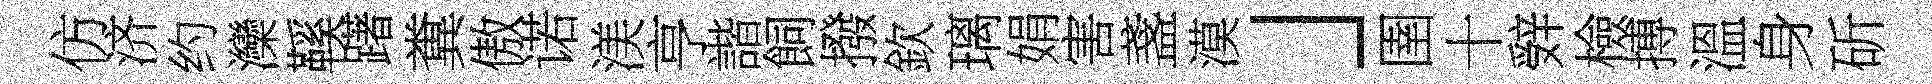
仿济约灤鞵躇糞傲诺渼亨諧飼撥欽璃娟害盞漠」圉十辤檢搏溫身斫